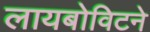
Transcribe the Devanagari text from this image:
लायबोविटने